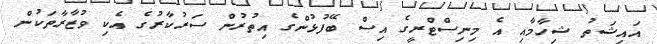
އައިޝަތު ޝިހާމާއި އެ މިނިސްޓްރީގެ އިސް ބޭފުޅުންގެ އިތުރުން ސަރުކާރުގެ އެކި ވުޒާރާތަކުން